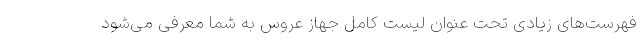
فهرست‌های زیادی تحت عنوان لیست کامل جهاز عروس به شما معرفی می‌شود